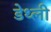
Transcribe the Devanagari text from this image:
डेथ्ली